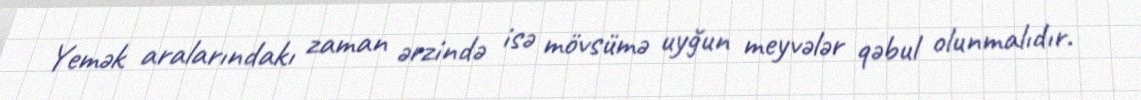
Yemək aralarındakı zaman ərzində isə mövsümə uyğun meyvələr qəbul olunmalıdır.